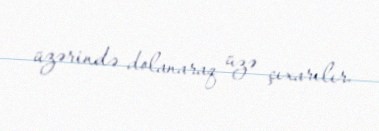
üzərində dolanaraq üzə çıxarılır.